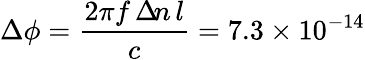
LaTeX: \Delta\phi=\frac{2\pi f\, \Delta\! n\, l}c=7.3\times 10^{-14}